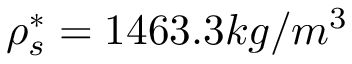
\rho _ { s } ^ { * } = 1 4 6 3 . 3 k g / m ^ { 3 }